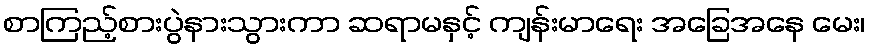
စာကြည့်စားပွဲနားသွားကာ ဆရာမနှင့် ကျန်းမာရေး အခြေအနေ မေး၊